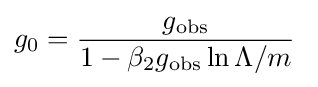
g_{0}={\frac {g_{\text{obs}}}{1-\beta _{2}g_{\text{obs}}\ln \Lambda /m}}~